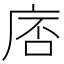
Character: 𪪓